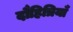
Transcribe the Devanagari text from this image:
दौहित्रियाँ